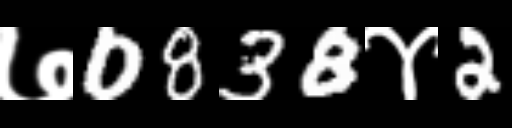
Text: ७0838४2